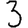
Digit: 3